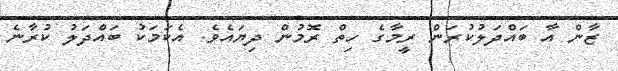
ޒާން އާ ބައްދަލުކުރަން ރީމާގެ ހިތް ރޮމުން ދިޔައެވެ. އެކަމަކު ބައްދަލު ކުރާނެ